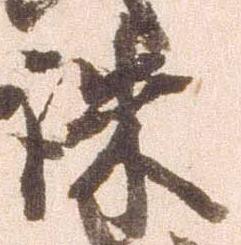
誅